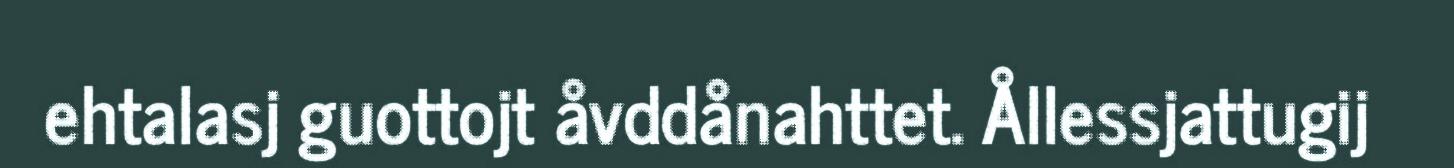
ehtalasj guottojt åvddånahttet. Ållessjattugij